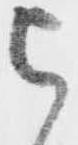
被